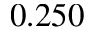
0 . 2 5 0